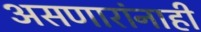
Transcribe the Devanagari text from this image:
असणारांनाही